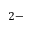
2 -